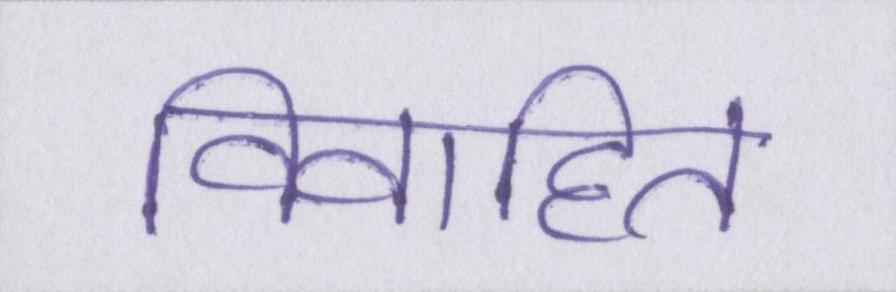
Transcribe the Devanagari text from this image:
विवाहित